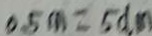
0 . 5 m = 5 d m